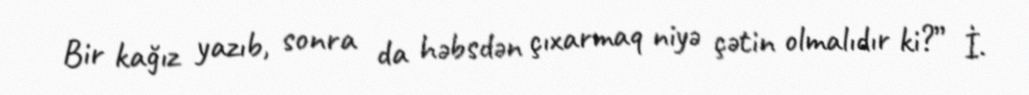
Bir kağız yazıb, sonra da həbsdən çıxarmaq niyə çətin olmalıdır ki?” İ.